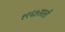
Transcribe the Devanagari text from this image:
१९६७साली